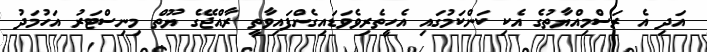
އަދި އެ ރަސްމިއްޔާތުގެ އެކި ކަންކަމުގައި އެހީތެރިވެވަޑައިގެންފައިވާތީ ރާއްޖޭގެ ޔޫތް މިނިސްޓަރު އަހުމަދު